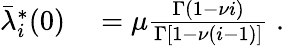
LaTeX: \begin{array}{rl}{\bar{\lambda}_{i}^{*}(0)}&{{}=\mu\frac{\Gamma\left(1-\nu i\right)}{\Gamma\left[1-\nu(i-1)\right]}\; .}\end{array}